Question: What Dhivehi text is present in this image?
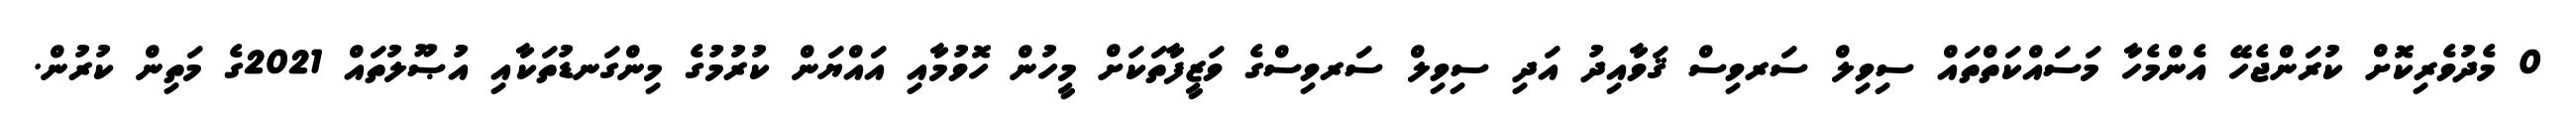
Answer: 0 މެދުވެރިކޮށް ކުރަންޖެހޭ އެންމެހާ މަސައްކަތްތައް ސިވިލް ސަރވިސް ޤަވާއިދު އަދި ސިވިލް ސަރވިސްގެ ވަޒީފާތަކަށް މީހުން ހޮވުމާއި އައްޔަން ކުރުމުގެ މިންގަނޑުތަކާއި އުޞޫލުތައް 2021ގެ މަތިން ކުރުން.